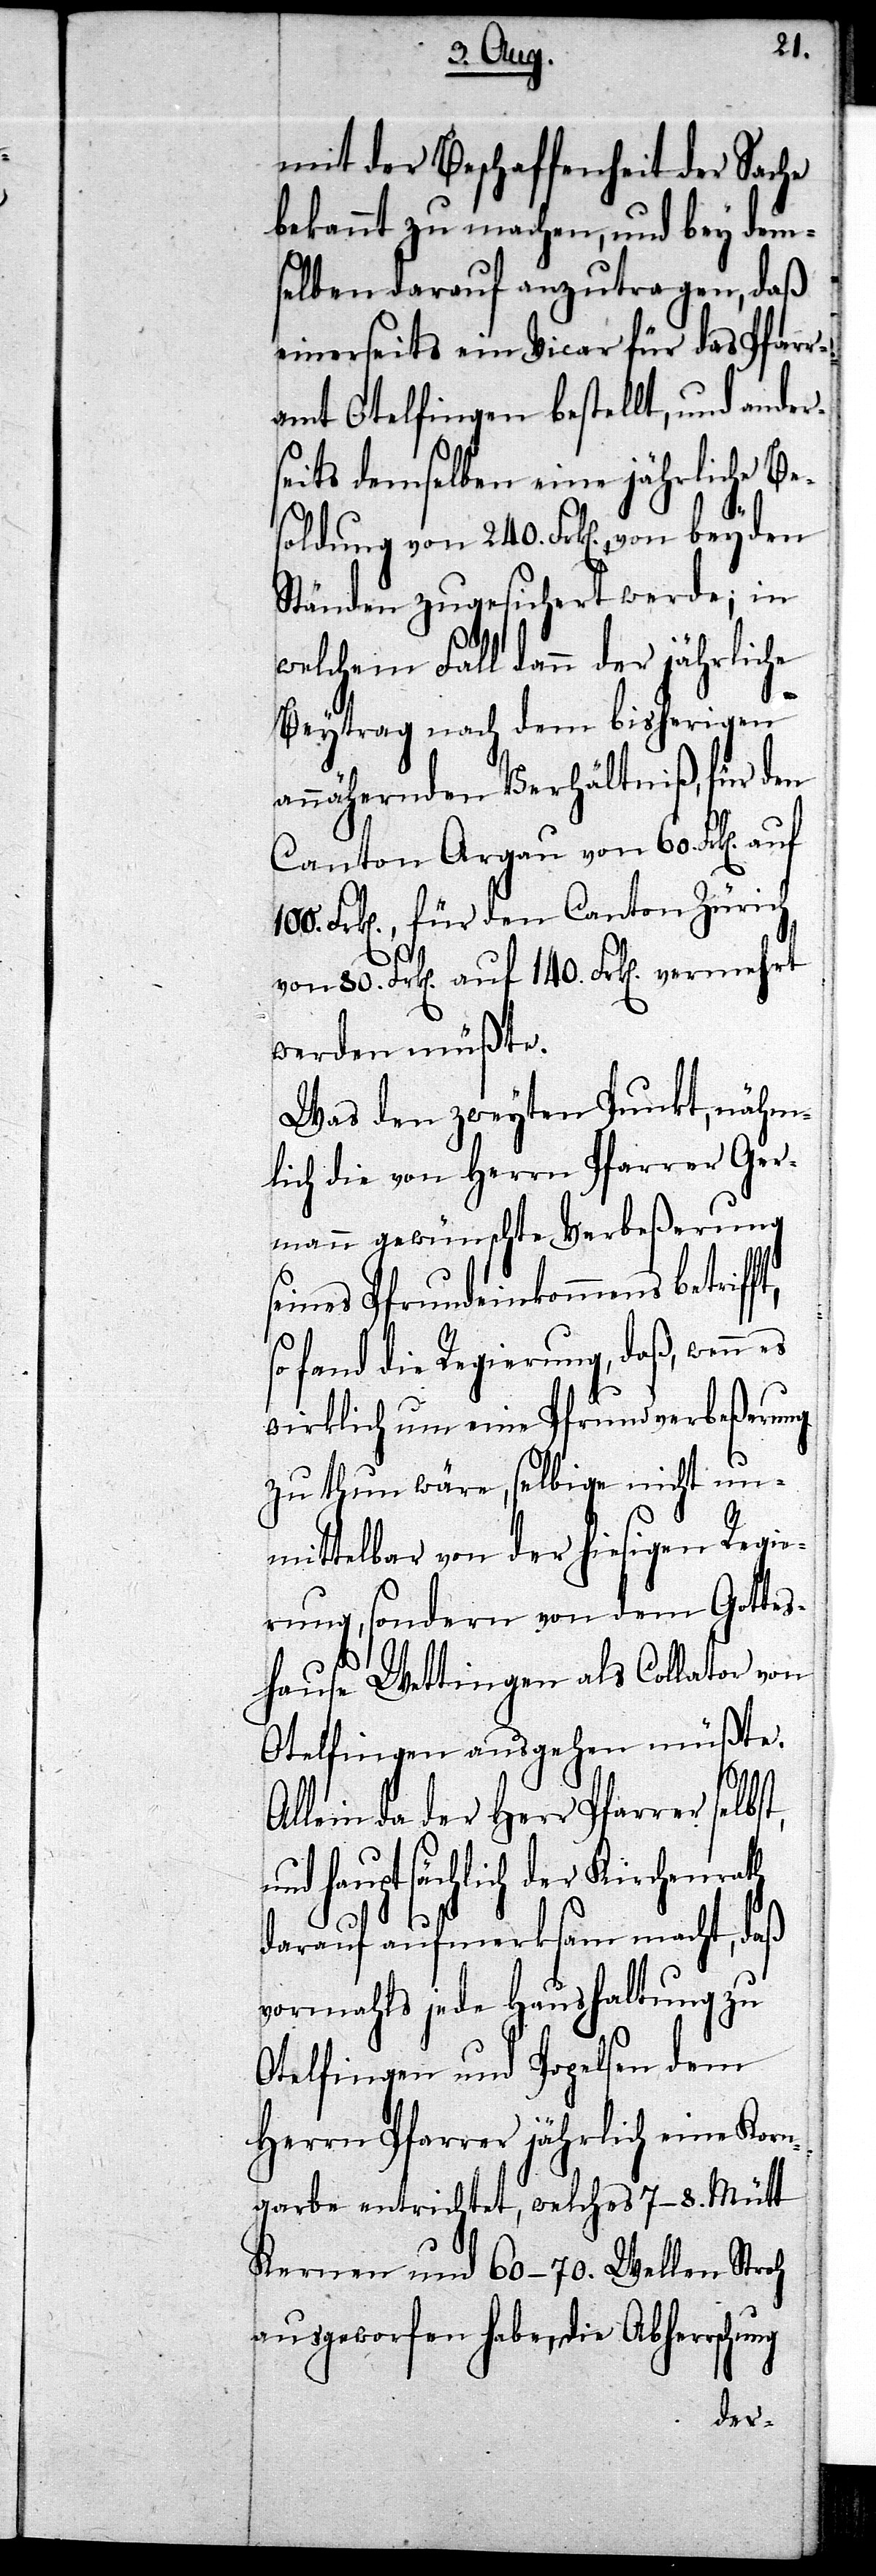
mit der Beschaffenheit der Sache
bekannt zu machen, und bey dems¬
elben darauf anzutragen, daß
einerseits ein Vicar für das Pfarr¬
amt Otelfingen bestellt, und ander¬
seits demselben eine jährliche Be¬
soldung von 240. Frk[en]. von
Ständen zugesichert werde; in
th
welchem Fall dann der jährliche
Beytrag nach dem bisherigen
annähernden Verhältniß, für den
Canton Aargau von 60. Frk[en].
Frk[en]., für den Canton Zürich
werden müßte.
Was den zweyten Punkt, nähm¬
lich die von Herrn Pfarrer Ger¬
mann gewünschte Verbeßerung
eines Pfrundeinkommens betriff¬
fand die Regierung, daß, wenn
wirklich um eine Pfrundverbeßerung
zu thun wäre, selbige nicht un¬
mittelbar von der hiesigen Regie¬
rung, sondern von dem Gottes¬
hause Wettingen als Collator von
Otelfingen ausgehen müßte.
Allein da der Herr Pfarrer selbs¬
nd hauptsächlich der Kirchenra¬
darauf aufmerksam macht, daß
vormahls jede Haushaltung zu
Otelfingen und Popelsen dem
Herrn Pfarrer jährlich eine Korn¬
garbe entrichtet, welches 7–8. Mütt
Kernen und 60–70. Wellen Stroh
ausgeworfen habe, die Abherrschung